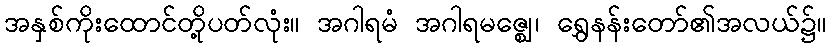
အနှစ်ကိုးထောင်တို့ပတ်လုံး။ အဂါရမံ အဂါရမဇ္ဈေ၊ ရွှေနန်းတော်၏အလယ်၌။